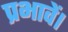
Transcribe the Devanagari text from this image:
प्रभावें।